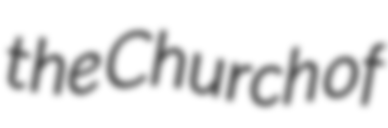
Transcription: the Church of